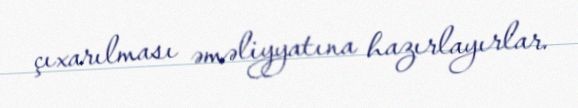
çıxarılması əməliyyatına hazırlayırlar.